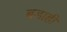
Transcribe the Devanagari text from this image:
बडाही